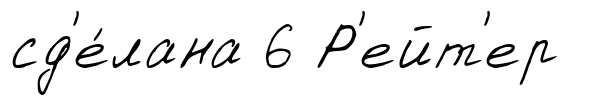
сд'е́лана 6 Р'ейт'ер